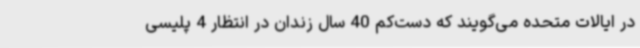
در ایالات متحده می‌گویند که دست‌کم 40 سال زندان در انتظار 4 پلیسی